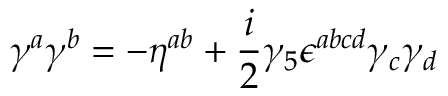
\gamma ^ { a } \gamma ^ { b } = - \eta ^ { a b } + { \frac { i } { 2 } } \gamma _ { 5 } \epsilon ^ { a b c d } \gamma _ { c } \gamma _ { d }